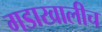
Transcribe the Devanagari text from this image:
गडाखालीच